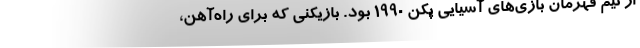
از تیم قهرمان بازی‌های آسیایی پکن 1990 بود. بازیکنی که برای راه‌آهن،